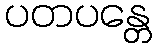
ပတပန္တေ